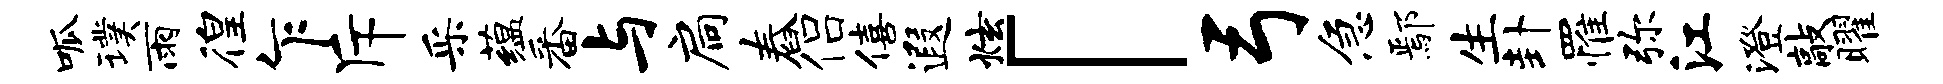
呱璞雨徨乍斥采蕴番与扃舂侣僖遐炫「弓急鄢生卦罹弥江澄敲曜